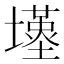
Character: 𡒣